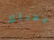
عميلك